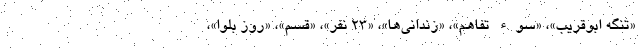
«تنگه ابوقریب»، «سوء تفاهم»، «زندانی‌ها»، «۲۳ نفر»، «قسم»، «روز بلوا»،